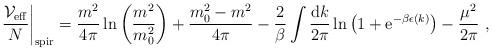
LaTeX: \begin{align*}\left. \frac{{\cal V}_{\rm eff}}{N} \right|_{\rm spir} = \frac{m^2}{4\pi}\ln \left( \frac{m^2}{m_0^2}\right)+ \frac{m_0^2-m^2}{4\pi}- \frac{2}{\beta} \int \frac{{\rm d}k}{2\pi}\ln \left( 1 + {\rm e}^{-\beta \epsilon(k)} \right) -\frac{\mu^2}{2\pi} \ ,\end{align*}